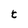
Character: t